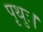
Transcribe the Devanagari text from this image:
पृथुः।